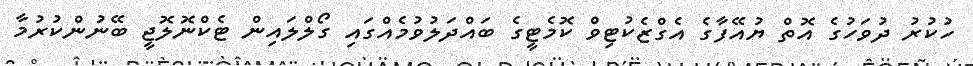
ހުކުރު ދުވަހުގެ އޮތް ޔުއޭފާގެ އެގްޒެކުޓިވް ކޮމެޓީގެ ބައްދަލުވުމެއްގައި ގޯލްލައިން ޓެކްނޮލޮޖީ ބޭނުންކުރުމާ